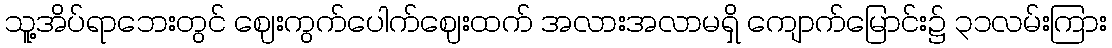
သူ့အိပ်ရာဘေးတွင် ဈေးကွက်ပေါက်ဈေးထက် အလားအလာမရှိ ကျောက်မြောင်း၌ ၃၁လမ်းကြား